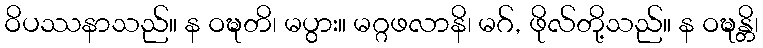
ဝိပဿနာသည်။ န ဝဍ္ဎတိ၊ မပွား။ မဂ္ဂဖလာနိ၊ မဂ်, ဖိုလ်တို့သည်။ န ဝဍ္ဎန္တိ၊